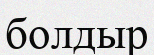
болдыр